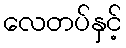
လေတပ်နှင့်